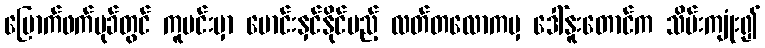
မြောက်ဖက်မုခ်တွင် ကူမင်းမှာ မောင်းနှင်နိုင်မည့် လတ်တလောကမှ ဒေါ်နူးတောင်က သိမ်းကျုံး၍